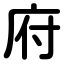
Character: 府